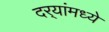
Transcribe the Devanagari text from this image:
दर्‍यांमध्ये